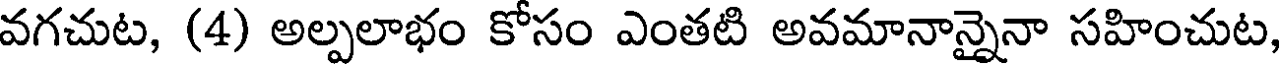
వగచుట, (4) అల్పలాభం కోసం ఎంతటి అవమానాన్నైనా సహించుట,